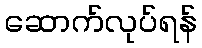
ဆောက်လုပ်ရန်